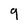
Character: 9